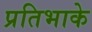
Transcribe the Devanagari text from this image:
प्रतिभाके